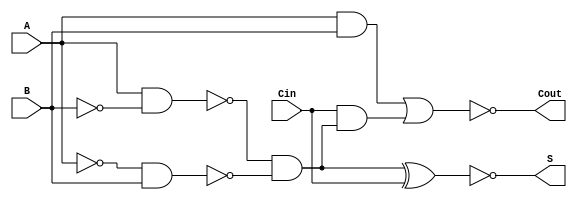
module NegativeCircuitFullAdder (
    input wire A,    // First input bit
    input wire B,    // Second input bit
    input wire Cin,  // Carry input bit
    output wire S,   // Sum output bit
    output wire Cout // Carry output bit
);

// Internal signals for intermediate calculations
wire A_xor_B;          // A XOR B
wire A_and_B;          // A AND B
wire A_xor_B_and_Cin;  // (A XOR B) AND Cin
wire sum_temp;         // Intermediate sum signal

// Compute A XOR B
assign A_xor_B = ~(A & ~B) & ~(~A & B); // Inverted XOR for negative logic

// Compute the Sum output (S)
assign sum_temp = ~(A_xor_B ^ Cin); // S = NOT((A XOR B) XOR Cin)
assign S = sum_temp;

// Compute the Carry output (Cout)
assign A_and_B = A & B; // A AND B
assign Cout = ~(A_and_B | (Cin & A_xor_B)); // Cout = NOT((A AND B) OR (Cin AND (A XOR B)))

endmodule